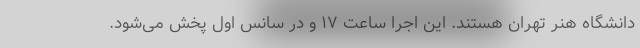
دانشگاه هنر تهران هستند. این اجرا ساعت ۱۷ و در سانس اول پخش می‌شود.